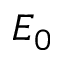
E _ { 0 }